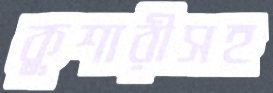
কুশারীসহ